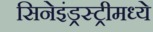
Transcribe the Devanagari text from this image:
सिनेइंड्रस्ट्रीमध्ये